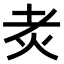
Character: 𤆯